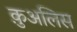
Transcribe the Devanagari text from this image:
क़ुअलिस